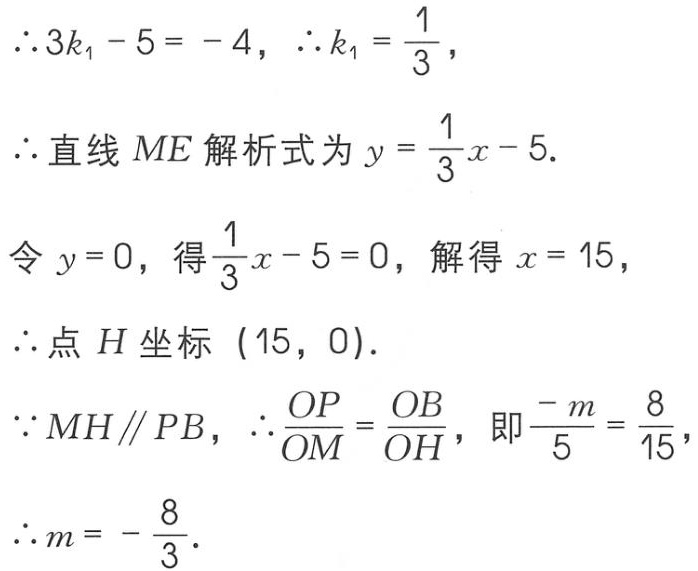
\(\therefore 3k_{1}-5 = - 4,\therefore k_{1}=\frac{1}{3},\)

\(\therefore\)直线 \(ME\) 解析式为 \(y = \frac{1}{3}x - 5.\)

令 \(y = 0\), 得 \(\frac{1}{3}x - 5 = 0\), 解得 \(x = 15\),

\(\therefore\)点 \(H\) 坐标 \((15,0).\)

\(\because MH\parallel PB,\therefore\frac{OP}{OM}=\frac{OB}{OH}\), 即 \(\frac{-m}{5}=\frac{8}{15},\)

\(\therefore m = -\frac{8}{3}.\)